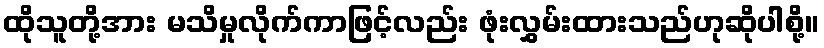
ထိုသူတို့အား မသိမှုလိုက်ကာဖြင့်လည်း ဖုံးလွှမ်းထားသည်ဟုဆိုပါစို့။